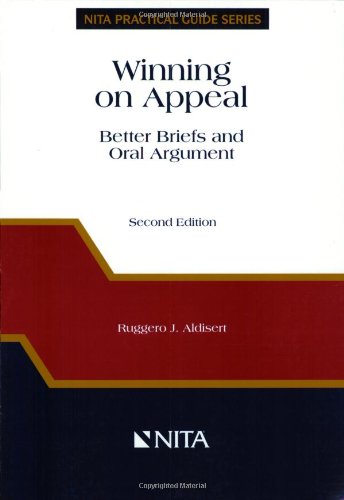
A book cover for Winning on Appeal: Better Briefs & Oral Argument; Ruggero J. Aldisert; Law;